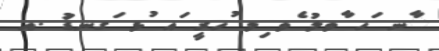
ާނ ަހ ާވލު ެވ ިމ ުހރީ ައ ުޅ ަގނޑުަ .އ